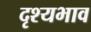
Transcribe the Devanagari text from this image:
दृश्यभाव